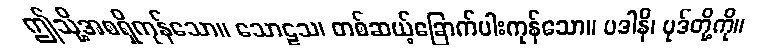
ဤသို့အစရှိကုန်သော။ သောဠသ၊ တစ်ဆယ့်ခြောက်ပါးကုန်သော။ ပဒါနိ၊ ပုဒ်တို့ကို။